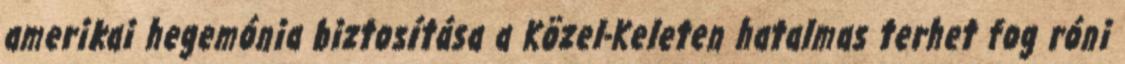
amerikai hegemónia biztosítása a Közel-Keleten hatalmas terhet fog róni